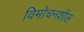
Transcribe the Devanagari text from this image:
विमोचनशील